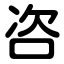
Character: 咨